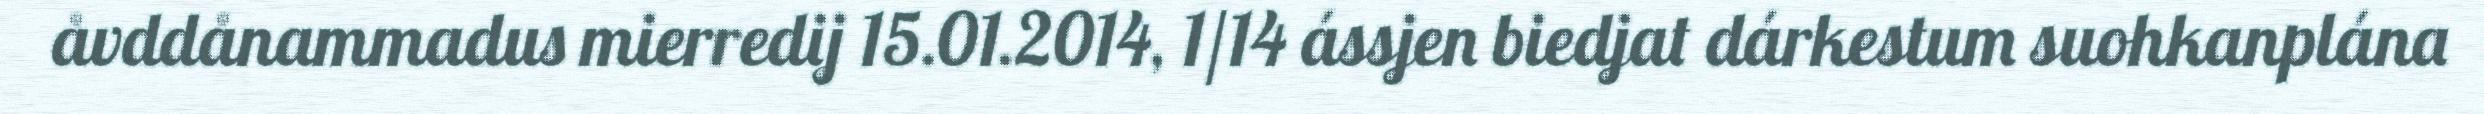
åvddånammadus mierredij 15.01.2014, 1/14 ássjen biedjat dárkestum suohkanplána